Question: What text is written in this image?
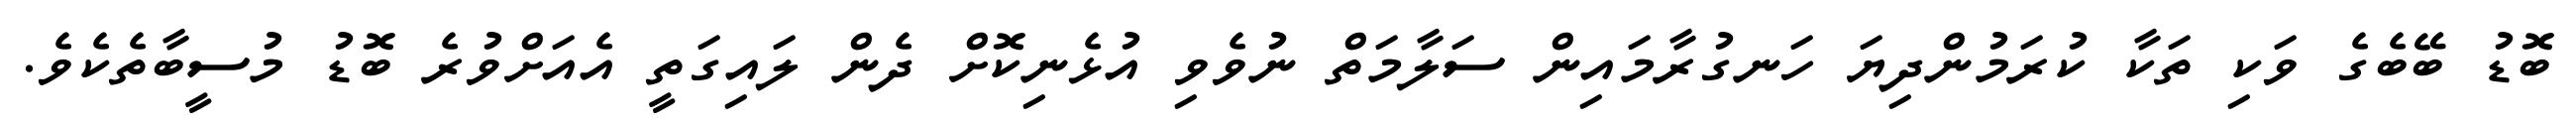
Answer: ބޮޑު ބޭބެގެ ވަކި ތަކާ ކުރަމުންދިޔަ ހަނގުރާމައިން ސަލާމަތް ނުވެވި އުޅެނިކޮށް ދެން ލައިގަތީ އެއަށްވުރެ ބޮޑު މުސީބާތެކެވެ.